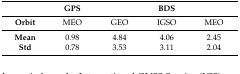
<table><thead><tr><td></td><td><b>GPS</b></td><td colspan="3"><b>BDS</b></td></tr></thead><tbody><tr><td><b>Orbit</b></td><td>MEO</td><td>GEO</td><td>IGSO</td><td>MEO</td></tr><tr><td><b>Mean</b></td><td>0.98</td><td>4.84</td><td>4.06</td><td>2.45</td></tr><tr><td><b>Std</b></td><td>0.78</td><td>3.53</td><td>3.11</td><td>2.04</td></tr></tbody></table>